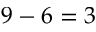
9 - 6 = 3